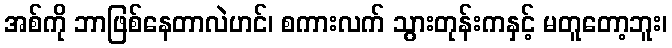
အစ်ကို ဘာဖြစ်နေတာလဲဟင်၊ စကားလက် သွားတုန်းကနှင့် မတူတော့ဘူး၊